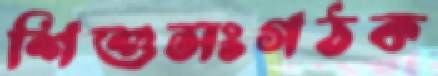
শিশুসংগঠক